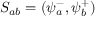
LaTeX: S _ { a b } = ( \psi _ { a } ^ { - } , \psi _ { b } ^ { + } )